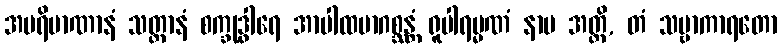
အပရိမာဏာနံ သတ္တာနံ စက္ခုဒွါရေ အာပါထမာဂစ္ဆန္တံ ရူပါရမ္မဏံ နာမ အတ္ထိ, တံ သဗ္ဗာကာရတော